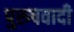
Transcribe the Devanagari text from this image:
पुरुषवादी